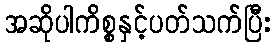
အဆိုပါကိစ္စနှင့်ပတ်သက်ပြီး